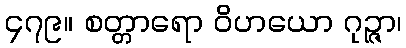
၄၇၉။ စတ္တာရော ဝိဟယော ဂုဉ္ဇာ၊